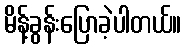
မိန့်ခွန်းပြောခဲ့ပါတယ်။